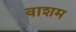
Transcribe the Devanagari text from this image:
वाशम